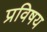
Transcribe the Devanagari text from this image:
प्रविषय